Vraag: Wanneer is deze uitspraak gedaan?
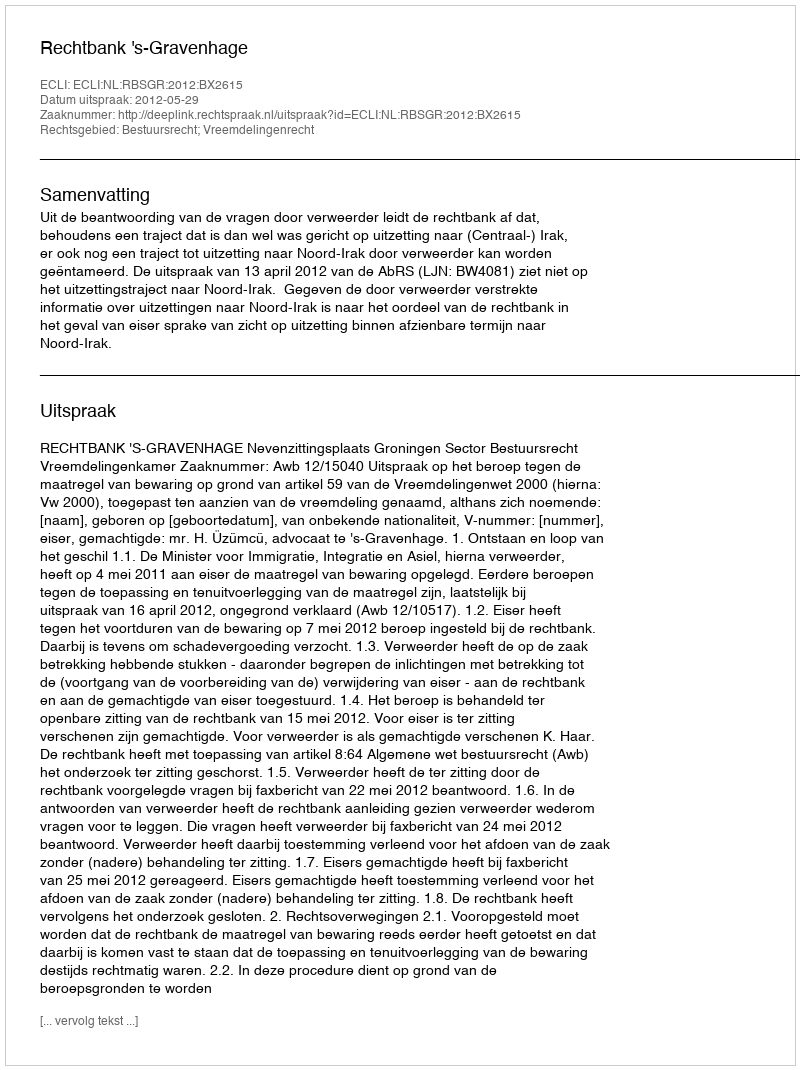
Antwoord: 2012-05-29